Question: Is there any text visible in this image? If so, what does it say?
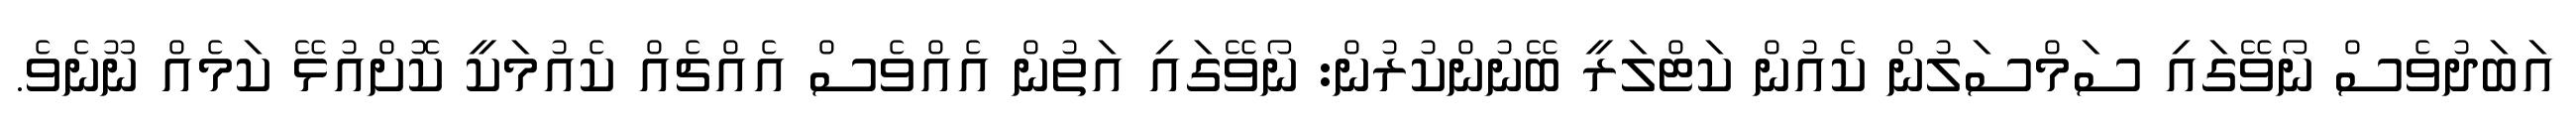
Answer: އަބަދުވެސް ނޯވޭގައި ސަމްސަލުން ކެއުން ކަޓްލަރީ ބޭނުންކުރުން: ނޯވޭގައި އަތުން އެއްވެސް އެއްޗެއް ކެއުމަކީ ކޮށްއުޅޭ ކަމެއް ނޫނެވެ.